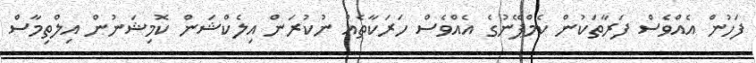
ފަހުން އެއްވެސް ފަރާތަކުން ކެމްޕޭނުގެ އެއްވެސް ހަރަކާތެއް ނުކުރަން އިލެކްޝަން ކޮމިޝަނުން އިލްތިމާސް